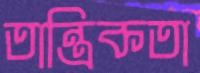
তান্ত্রিকতা